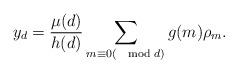
LaTeX: \begin{align*} y_d = \frac{\mu(d)}{h(d)}\sum_{m\equiv 0 (\mod d)}g(m)\rho_{m}. \end{align*}